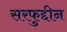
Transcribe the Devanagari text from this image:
सरफुद्दीन